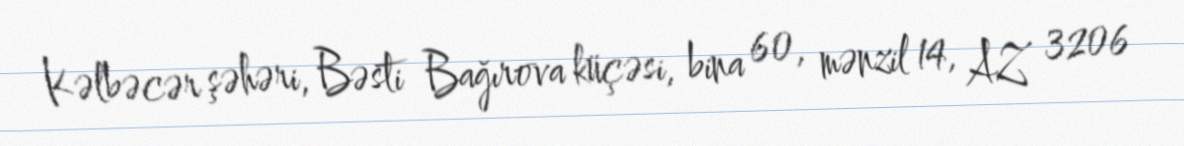
Kəlbəcər şəhəri, Bəsti Bağırova küçəsi, bina 60, mənzil 14, AZ 3206